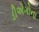
ડીએગોના